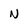
Character: N